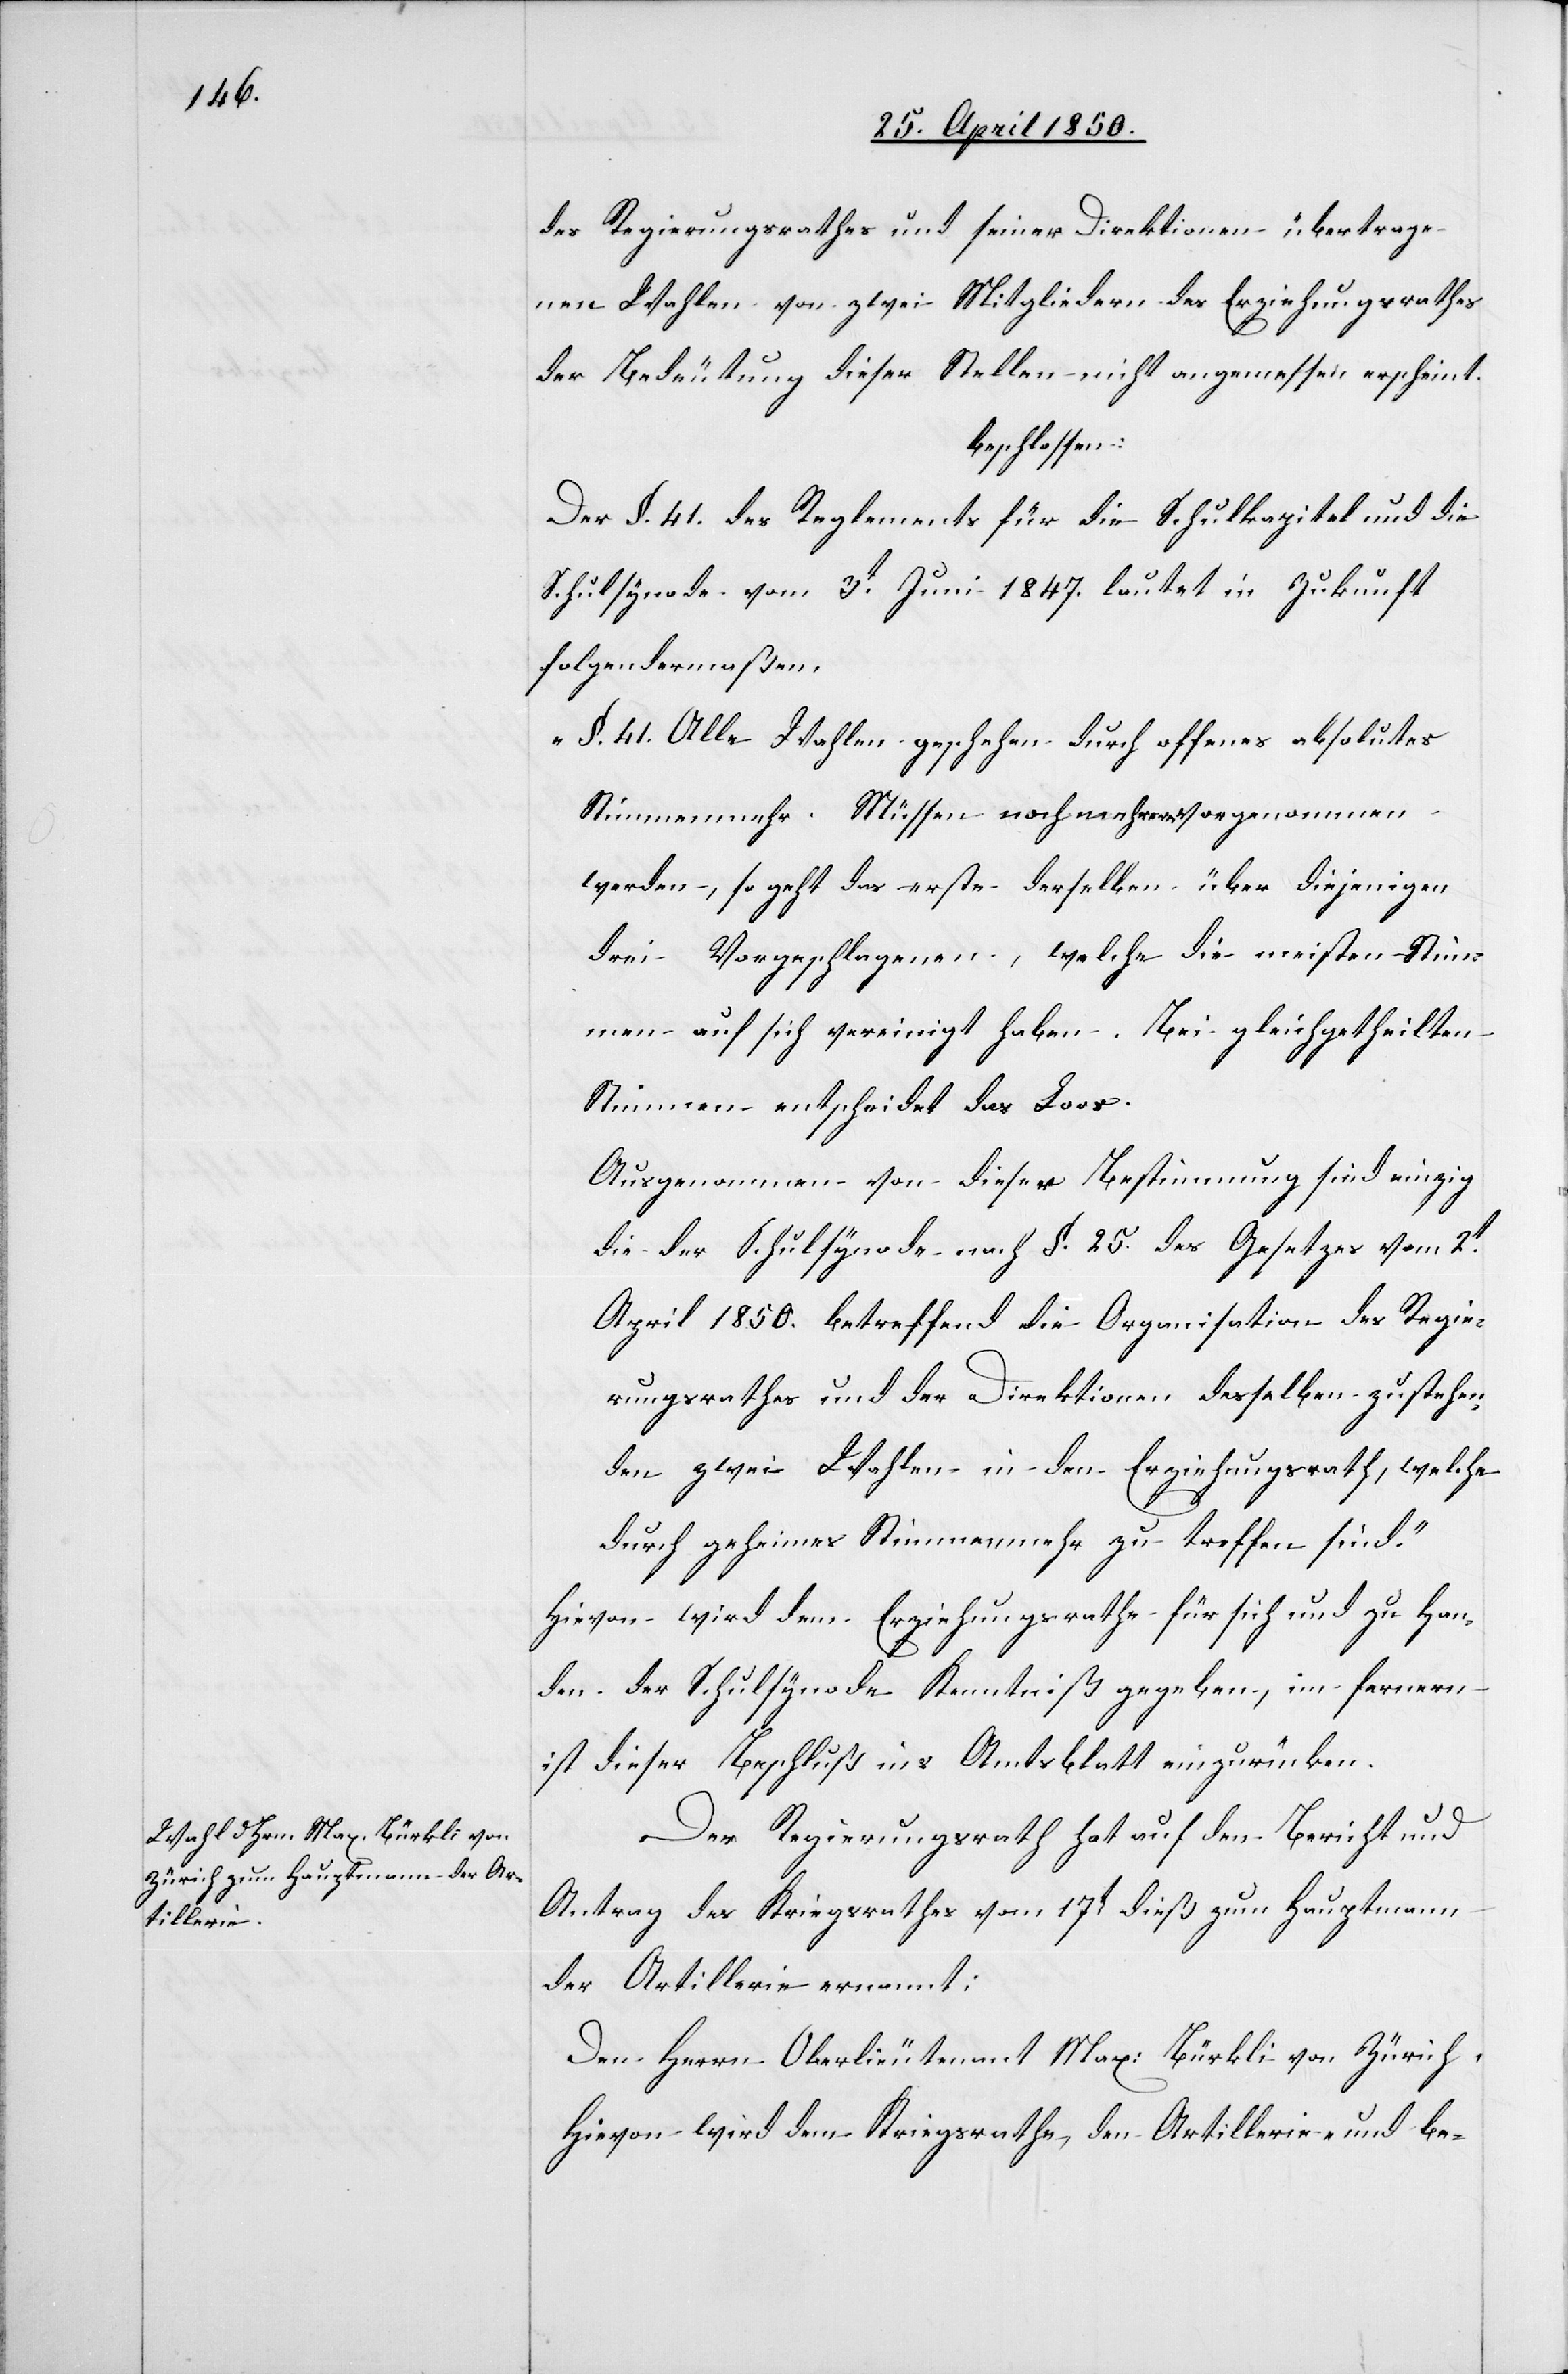
des Regierungsrathes und seiner Direktionen übertrage¬
nen Wahlen von zwei Mitgliedern des Erziehungsrathes
der Bedeutung dieser Stellen nicht angemessen erscheint.
beschlossen:
Der §. 41. des Reglements für die Schulkapitel und die
Schulsynode vom 3t Juni 1847. lautet in Zukunft
folgendermaßen.
„§. 41. Alle Wahlen geschehen durch offenes absolutes
Stimmenmehr. Müssen noch mehrere vorgenommen
werden, so geht das erste derselben über diejenigen
drei Vorgeschlagenen, welche die meisten Stim¬
men auf sich vereinigt haben. Bei gleichgetheilten
Stimmen entscheidet das Loos.
Ausgenommen von dieser Bestimmung sind einzig
die der Schulsynode nach §. 25. des Gesetzes vom 2t
April 1850. betreffend die Organisation des Regie¬
rungsrathes und der Direktionen desselben zustehen¬
den zwei Wahlen in den Erziehungsrath, welche
durch geheimes Stimmenmehr zu treffen sind.“
Hievon wird dem Erziehungsrathe für sich und zu Han¬
den der Schulsynode Kenntniß gegeben, im fernern
ist dieser Beschluß ins Amtsblatt einzurücken.
Der Regierungsrath hat auf den Bericht und
Antrag des Kriegsrathes vom 17t dieß zum Hauptman
der Artillerie ernannt:
Den Herrn Oberlieutenant Max: Bürkli von Zürich.
Hievon wird dem Kriegsrathe, den Artillerie- und be-